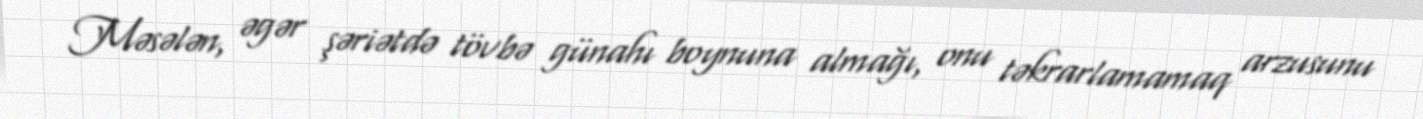
Məsələn, əgər şəriətdə tövbə günahı boynuna almağı, onu təkrarlamamaq arzusunu